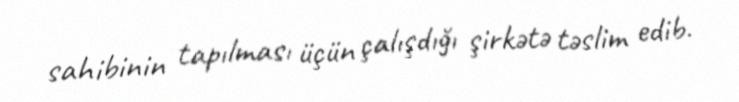
sahibinin tapılması üçün çalışdığı şirkətə təslim edib.